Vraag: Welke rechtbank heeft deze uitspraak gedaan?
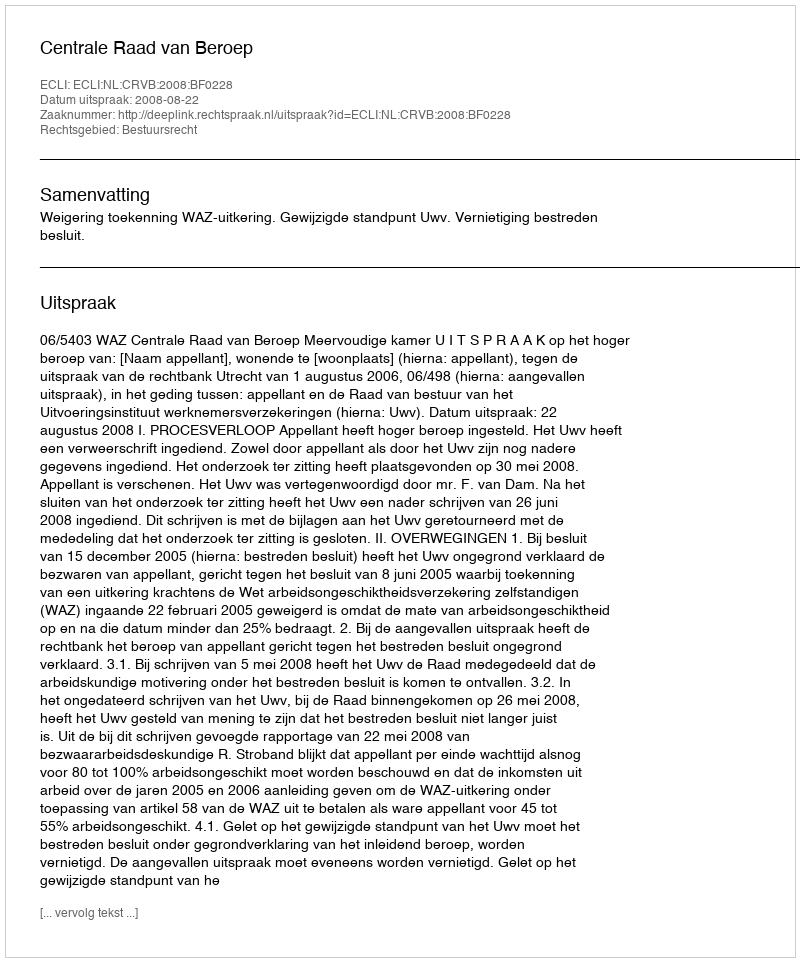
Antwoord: Centrale Raad van Beroep